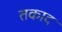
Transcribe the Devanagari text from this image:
तकाद